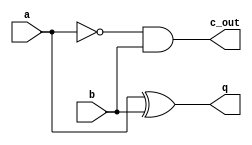
module half_subtracter(
	input a, b,
	output q, c_out
	);
	assign q = a ^ b;
	assign c_out = ~a & b;
endmodule